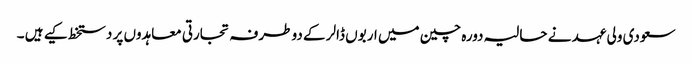
سعودی ولی عہد نے حالیہ دورہ چین میں اربوں ڈالر کے دو طرفہ تجارتی معاہدوں پر دستخط کیے ہیں ۔